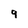
Character: 9